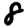
Digit: 8